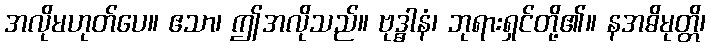
အလိုမဟုတ်ပေ။ ဧသာ၊ ဤအလိုသည်။ ဗုဒ္ဓါနံ၊ ဘုရားရှင်တို့၏။ နအဓိမုတ္တိ၊